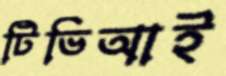
টিভিআই